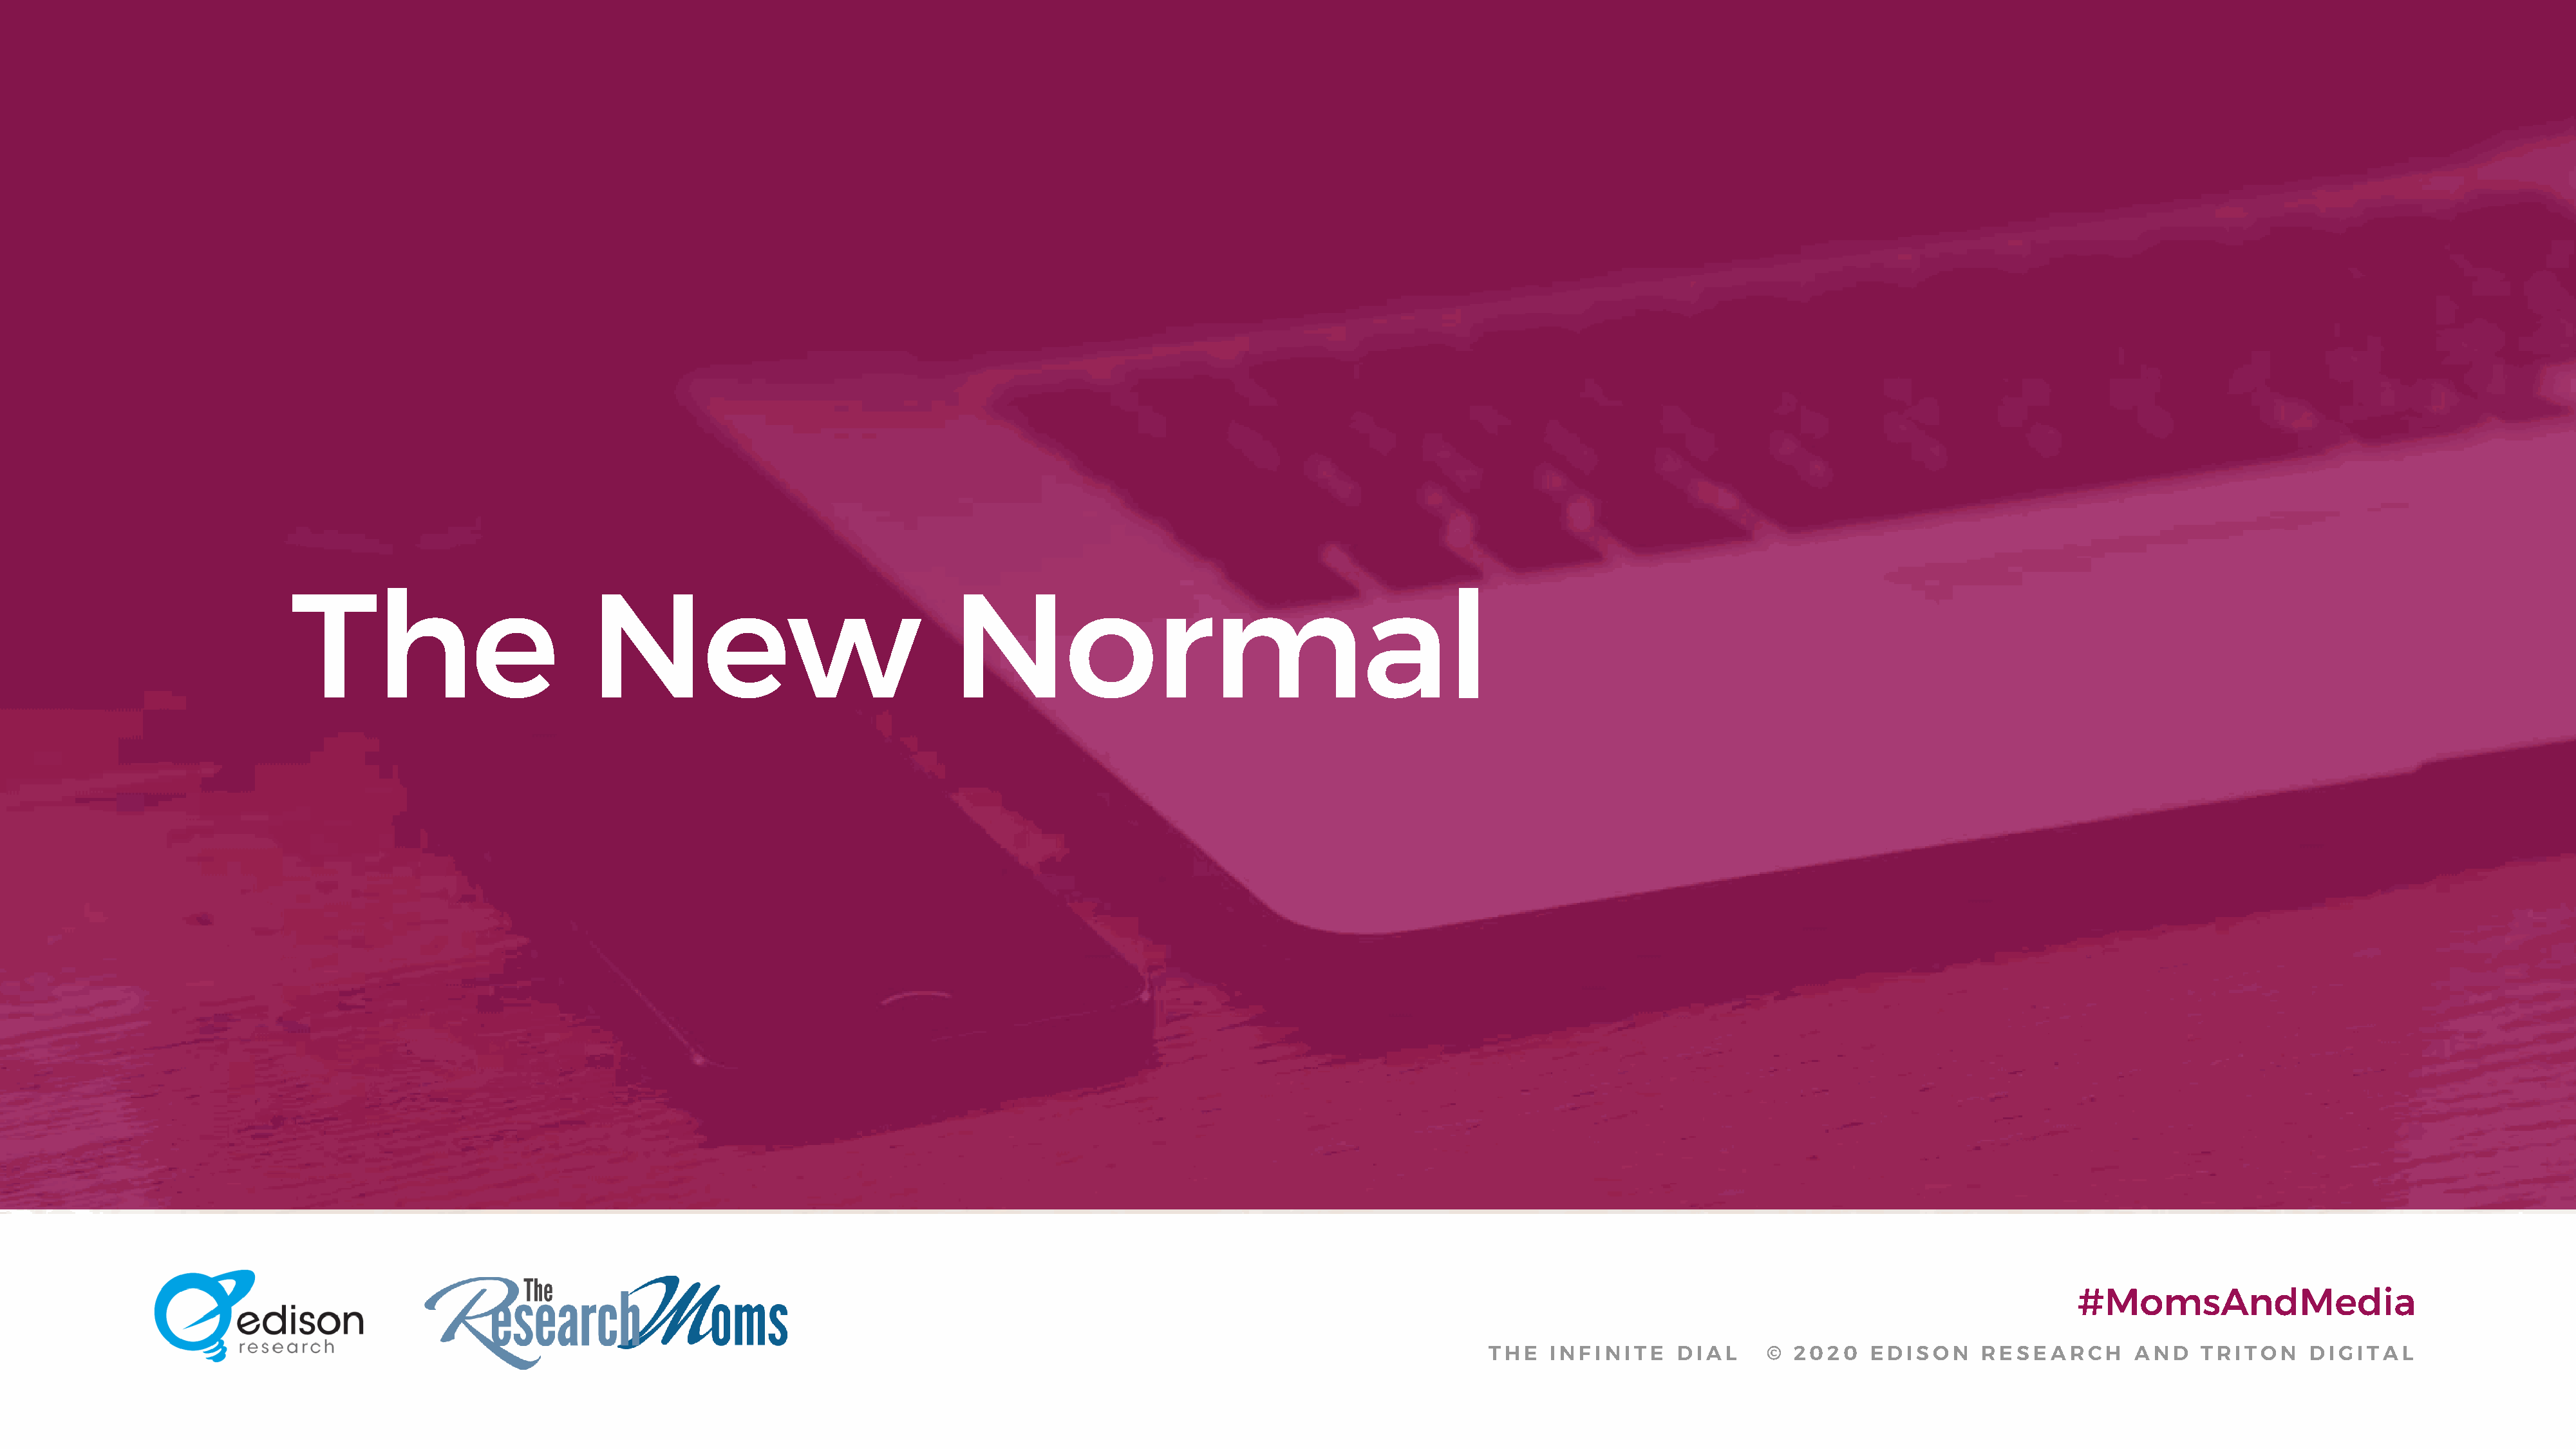
The                            New                                  Normal
 #MomsAndMedia
 THE   INFINITE     DIAL      © 2020    EDISON      RESEARCH       AND    TRITON     DIGITAL